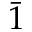
\bar { 1 }